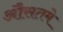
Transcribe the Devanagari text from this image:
औसतमे